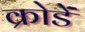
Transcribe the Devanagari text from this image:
क्रोडें